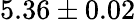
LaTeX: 5.36\pm 0.02